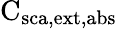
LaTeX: \mathrm{C_{\mathrm{{sca},\mathrm{{ext},\mathrm{{abs}}}}}}